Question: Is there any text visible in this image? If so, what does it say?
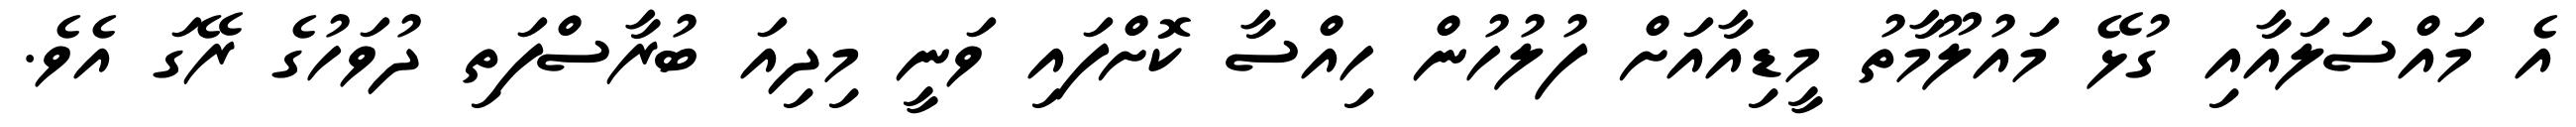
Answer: އެ މައްސަލައާއި ގުޅޭ މައުލޫމާތު މީޑިއާއަށް ފުލުހުން ހިއްސާ ކޮށްފައި ވަނީ މިދިއަ ބުރާސްފަތި ދުވަހުގެ ރޭގަ އެވެ.